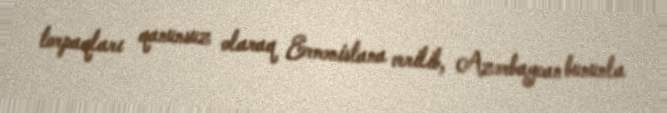
torpaqları qanunsuz olaraq Ermənistana verilib, Azərbaycan bununla